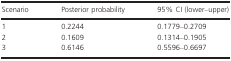
<table><thead><tr><td><b>Scenario</b></td><td><b>Posterior probability</b></td><td><b>95% CI (lower–upper)</b></td></tr></thead><tbody><tr><td>1</td><td>0.2244</td><td>0.1779–0.2709</td></tr><tr><td>2</td><td>0.1609</td><td>0.1314–0.1905</td></tr><tr><td>3</td><td>0.6146</td><td>0.5596–0.6697</td></tr></tbody></table>